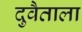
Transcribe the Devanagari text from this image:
दुवैताला